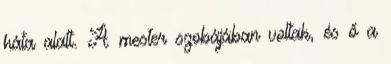
háta alatt. A mester szobájában voltak, és ő a